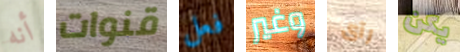
أنه قنوات فعل وغير رآى يكن